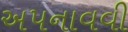
અપનાવવી